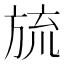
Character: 旈